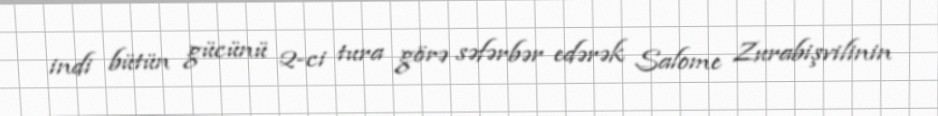
indi bütün gücünü 2-ci tura görə səfərbər edərək Salome Zurabişvilinin